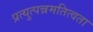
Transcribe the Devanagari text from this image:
प्रत्युत्पन्नमतित्वता